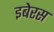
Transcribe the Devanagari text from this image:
इबेरस